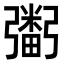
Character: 𢐮